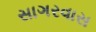
સાગરવાસ